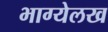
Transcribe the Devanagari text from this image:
भाग्येलख